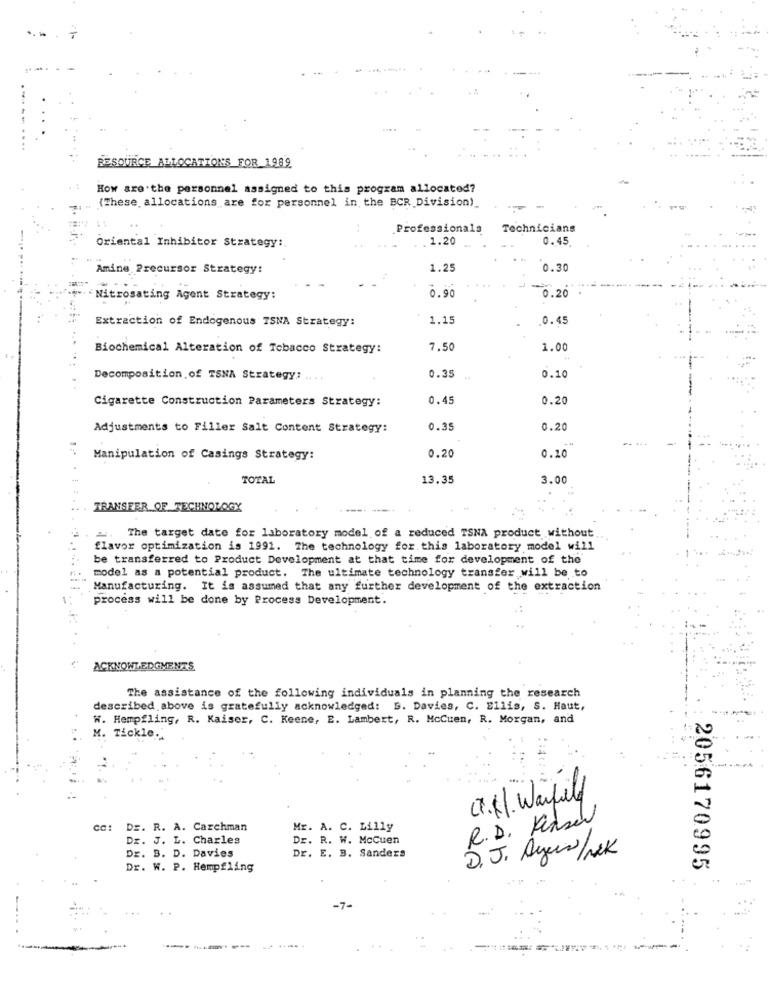
RESOURCE ALLOCATIONS FOR 1989
How are the personnel assigned to this program allocated?
(These allocations are for personnel in the BCR Division)_
Professionals
Technicians
Oriental Inhibitor Strategy:
.1.20
0.45
Amine Precursor Strategy:
1.25
0.30
- Nitrosating Agent Strategy:
0.90
0.20
Extraction of Endogenous TSNA Strategy:
1.15
0.45
Biochemical Alteration of Tobacco Strategy:
7.50
1.00
Decomposition of TSNA Strategy: .
0.35
0.10
Cigarette Construction Parameters Strategy:
0.45
0.20
Adjustments to Filler Salt Content Strategy:
0.35
0.20
Manipulation of Casings Strategy:
0.20
0.10
TOTAL
13.35
3.00
TRANSFER OF TECHNOLOGY
2. The target date for laboratory model of a reduced TSNA product without
flavor optimization is 1991. The technology for this laboratory model will
be transferred to Product Development at that time for development of the
model as a potential product. The ultimate technology transfer will be to
Manufacturing. It is assumed that any further development of the extraction
process will be done by Process Development.
" ACKNOWLEDGMENTS
The assistance of the following individuals in planning the research
described above is gratefully acknowledged: B. Davies, C. Ellis, S. Haut,
W. Hempfling, R. Kaiser, C. Keene, E. Lambert, R. McCuen, R. Morgan, and
M. Tickle.
CT.1. Warfield
R.D. Pense
DE. R. A. Carchman
Mr. A. C. Lilly
Dr. J. L. Charles
Dr. R. W. McCuen
Dr. E. B. Sanders
Dr. B. D. Davies
D.J. Ayers/Nek
Dr. W. P. Hempfling
2056170995
=========